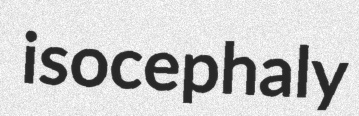
isocephaly